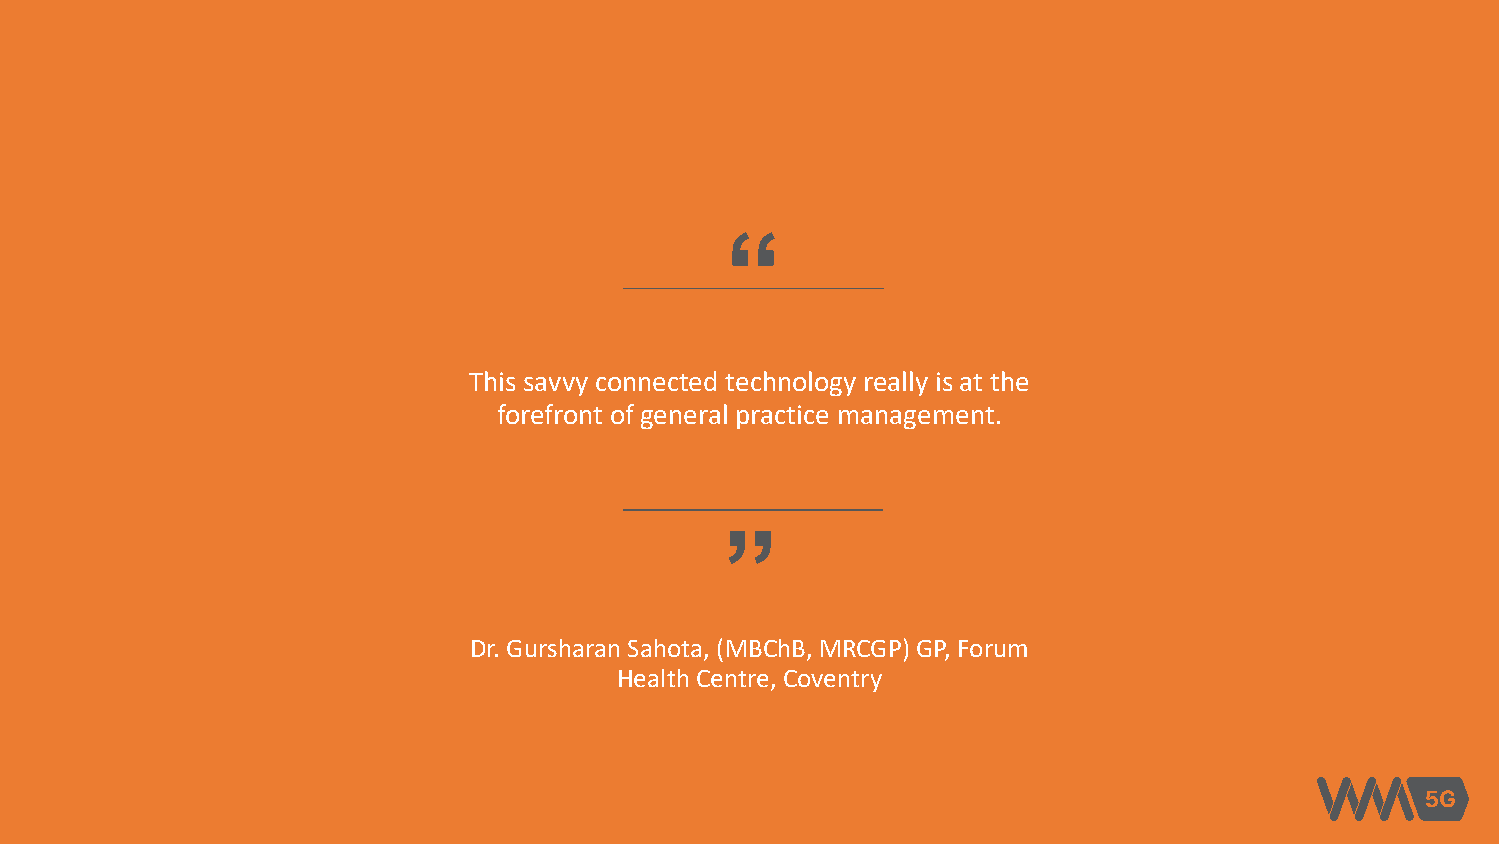
“
 This savvy connected technology really is at the
 forefront of general practice management.
 “
 Dr. Gursharan Sahota, (MBChB, MRCGP) GP, Forum
 Health Centre, Coventry